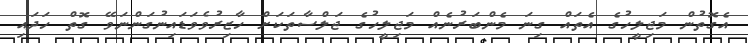
އެގޮތުން މަޖިލީހުގެ އެތައް ގިނަ މެންބަރުނެއް މަޖިލީހުގެ ޖަލްސާތަކަށް ހާޒިރުވެވަޑައިނުގަންނަވޭ ގޮތް ހަދައި